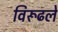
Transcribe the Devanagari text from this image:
विरूढले